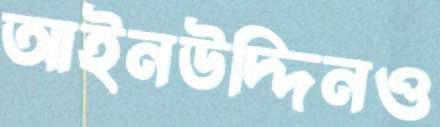
আইনউদ্দিনও